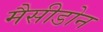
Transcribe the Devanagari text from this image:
मैसीडोन